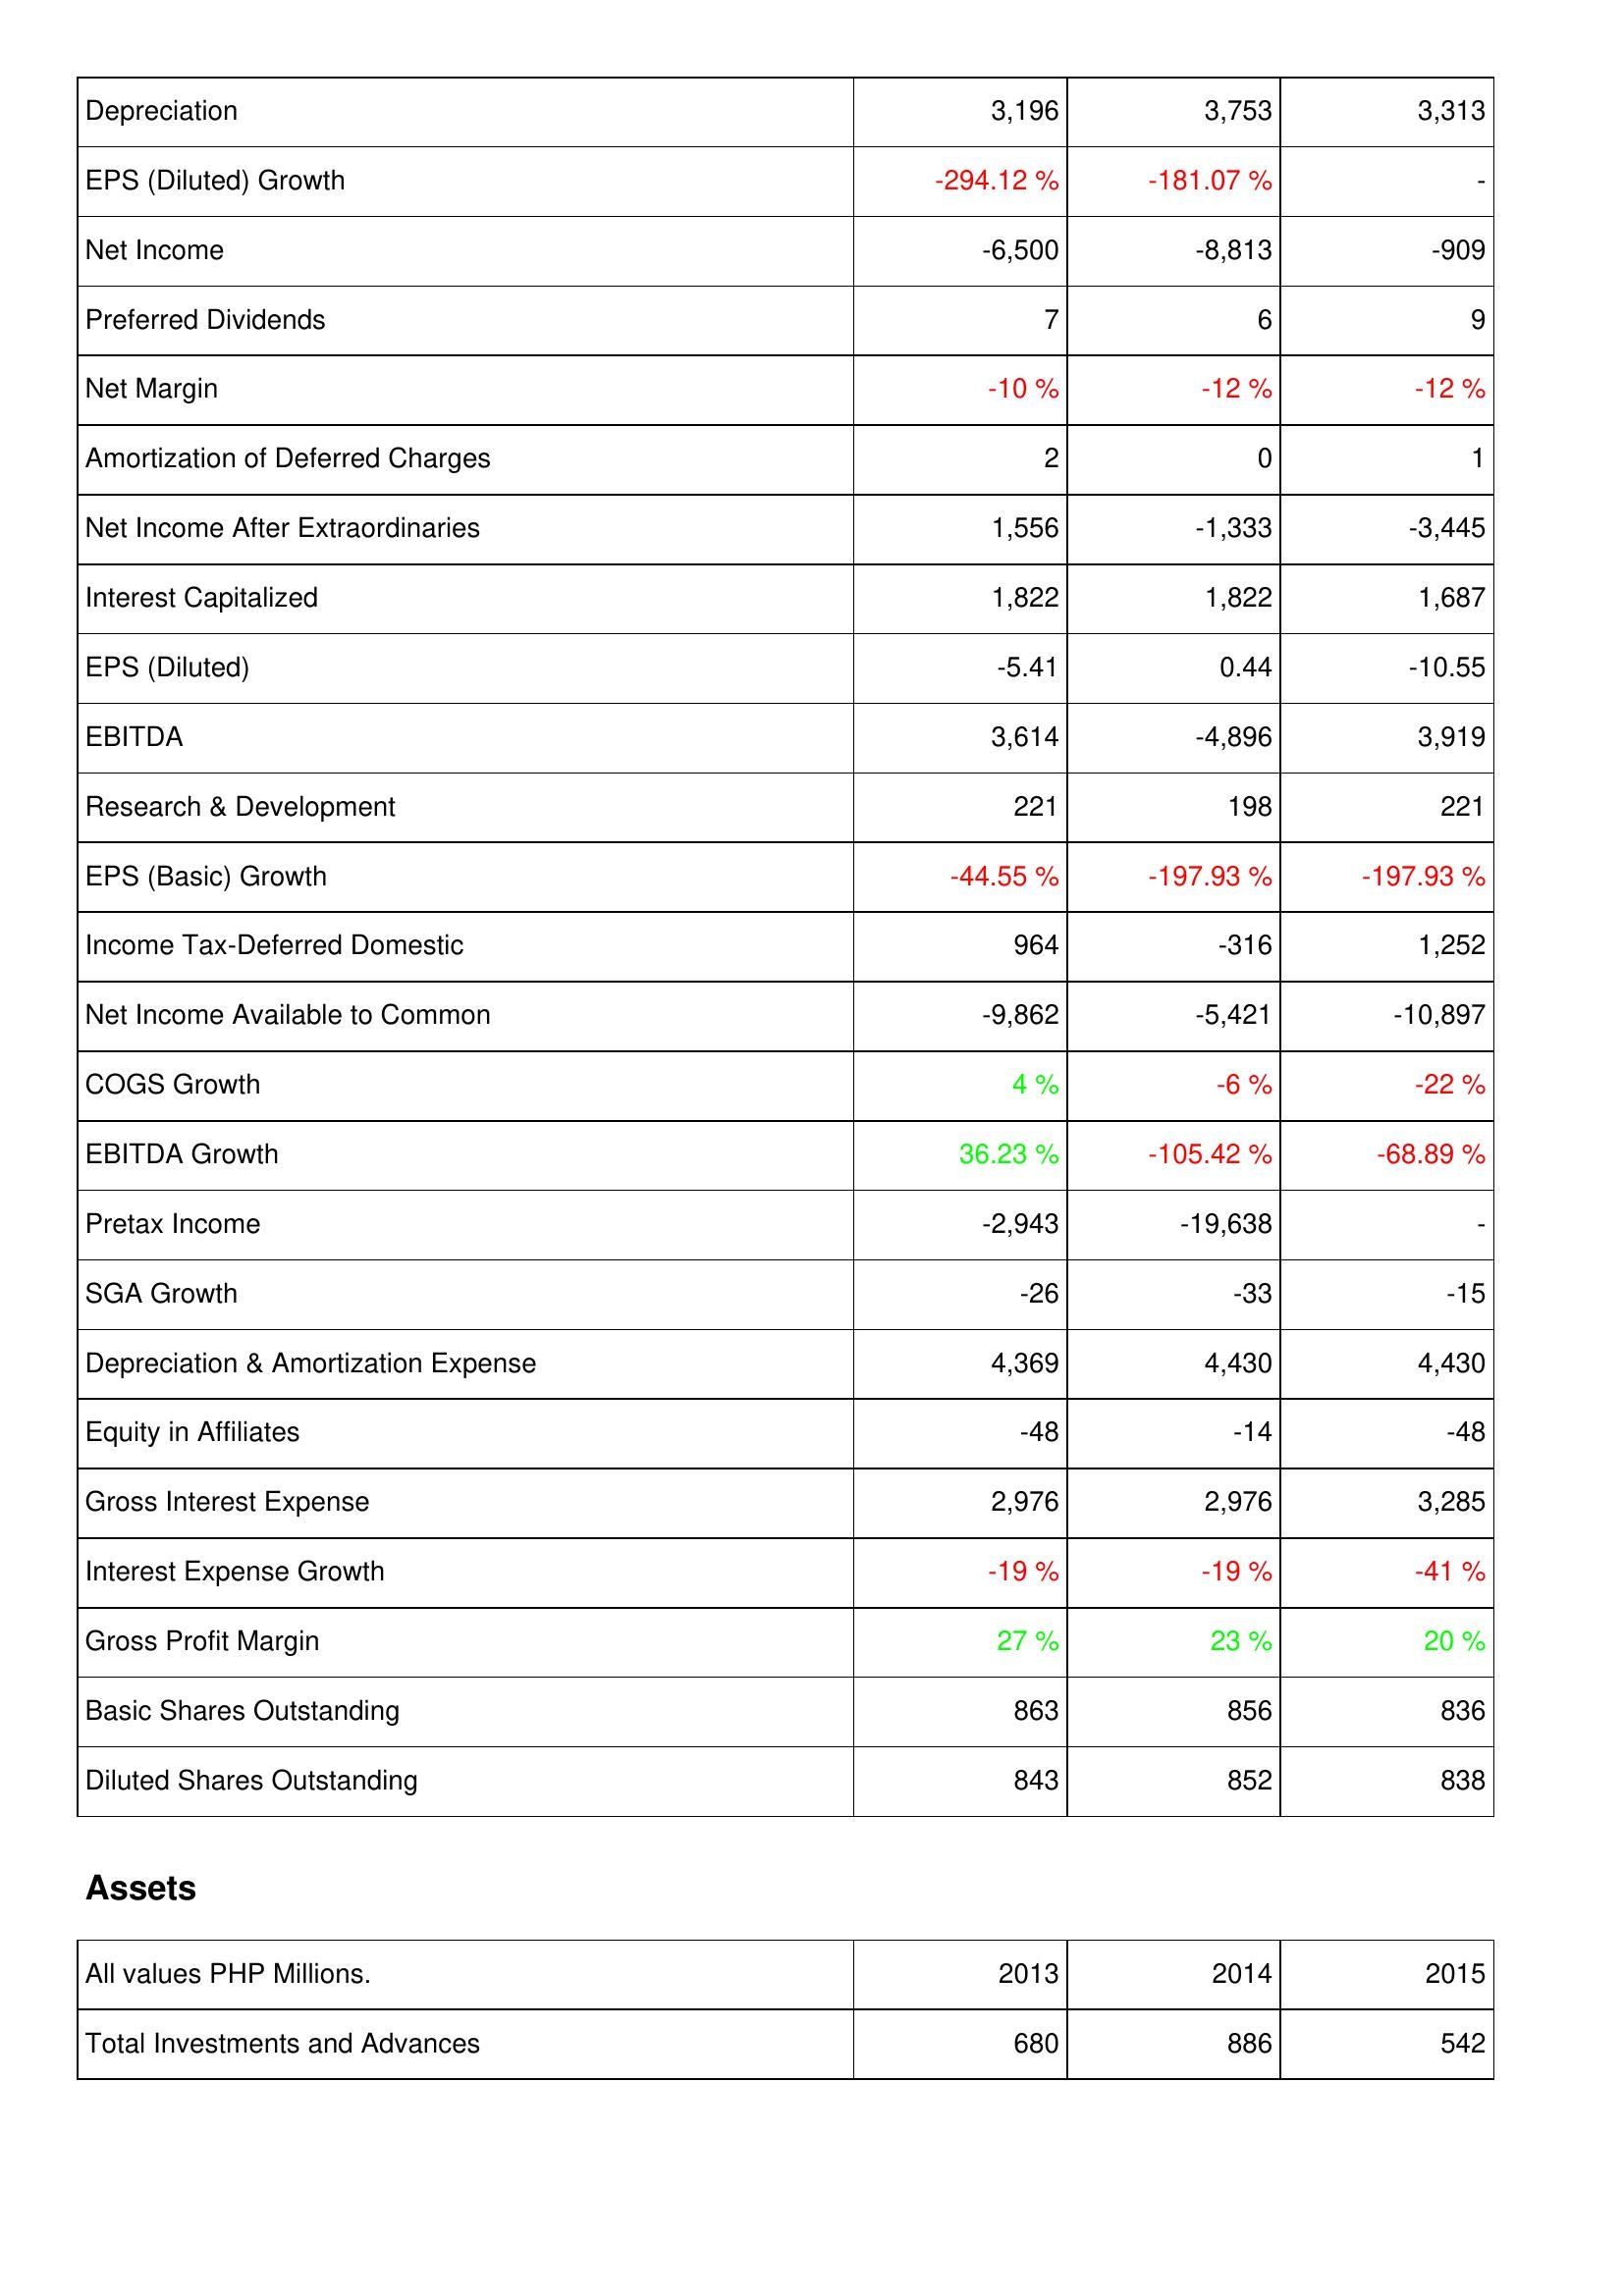
2013: Income Statement: Depreciation: 3,196
EPS (Diluted) Growth: -294.12 %
Net Income: -6,500
Preferred Dividends: 7
Net Margin: -10 %
Amortization of Deferred Charges: 2
Net Income After Extraordinaries: 1,556
Interest Capitalized: 1,822
EPS (Diluted): -5.41
EBITDA: 3,614
Research & Development: 221
EPS (Basic) Growth: -44.55 %
Income Tax-Deferred Domestic: 964
Net Income Available to Common: -9,862
COGS Growth: 4 %
EBITDA Growth: 36.23 %
Pretax Income: -2,943
SGA Growth: -26
Depreciation & Amortization Expense: 4,369
Equity in Affiliates: -48
Gross Interest Expense: 2,976
Interest Expense Growth: -19 %
Gross Profit Margin: 27 %
Basic Shares Outstanding: 863
Diluted Shares Outstanding: 843
Assets: Total Investments and Advances: 680
2014: Income Statement: Depreciation: 3,753
EPS (Diluted) Growth: -181.07 %
Net Income: -8,813
Preferred Dividends: 6
Net Margin: -12 %
Amortization of Deferred Charges: 0
Net Income After Extraordinaries: -1,333
Interest Capitalized: 1,822
EPS (Diluted): 0.44
EBITDA: -4,896
Research & Development: 198
EPS (Basic) Growth: -197.93 %
Income Tax-Deferred Domestic: -316
Net Income Available to Common: -5,421
COGS Growth: -6 %
EBITDA Growth: -105.42 %
Pretax Income: -19,638
SGA Growth: -33
Depreciation & Amortization Expense: 4,430
Equity in Affiliates: -14
Gross Interest Expense: 2,976
Interest Expense Growth: -19 %
Gross Profit Margin: 23 %
Basic Shares Outstanding: 856
Diluted Shares Outstanding: 852
Assets: Total Investments and Advances: 886
2015: Income Statement: Depreciation: 3,313
EPS (Diluted) Growth: -
Net Income: -909
Preferred Dividends: 9
Net Margin: -12 %
Amortization of Deferred Charges: 1
Net Income After Extraordinaries: -3,445
Interest Capitalized: 1,687
EPS (Diluted): -10.55
EBITDA: 3,919
Research & Development: 221
EPS (Basic) Growth: -197.93 %
Income Tax-Deferred Domestic: 1,252
Net Income Available to Common: -10,897
COGS Growth: -22 %
EBITDA Growth: -68.89 %
Pretax Income: -
SGA Growth: -15
Depreciation & Amortization Expense: 4,430
Equity in Affiliates: -48
Gross Interest Expense: 3,285
Interest Expense Growth: -41 %
Gross Profit Margin: 20 %
Basic Shares Outstanding: 836
Diluted Shares Outstanding: 838
Assets: Total Investments and Advances: 542